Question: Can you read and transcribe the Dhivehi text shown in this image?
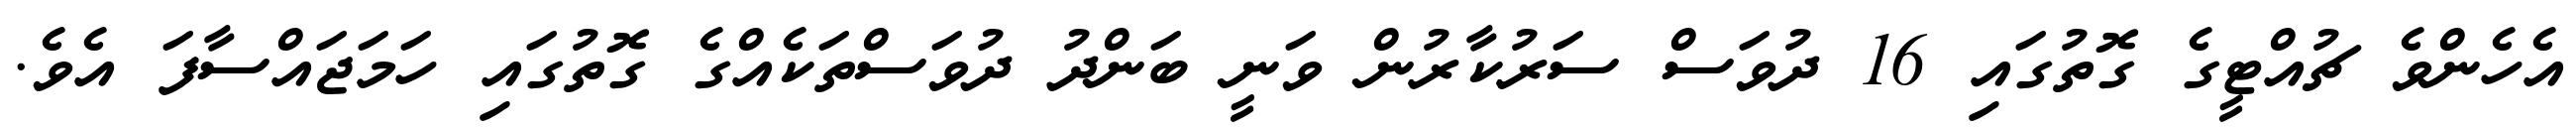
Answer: އެހެންވެ ޗުއްޓީގެ ގޮތުގައި 16 ދުވަސް ސަރުކާރުން ވަނީ ބަންދު ދުވަސްތަކެއްގެ ގޮތުގައި ހަމަޖައްސާފަ އެވެ.